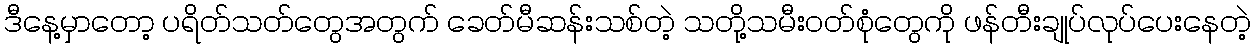
ဒီနေ့မှာတော့ ပရိတ်သတ်တွေအတွက် ခေတ်မီဆန်းသစ်တဲ့ သတို့သမီးဝတ်စုံတွေကို ဖန်တီးချုပ်လုပ်ပေးနေတဲ့